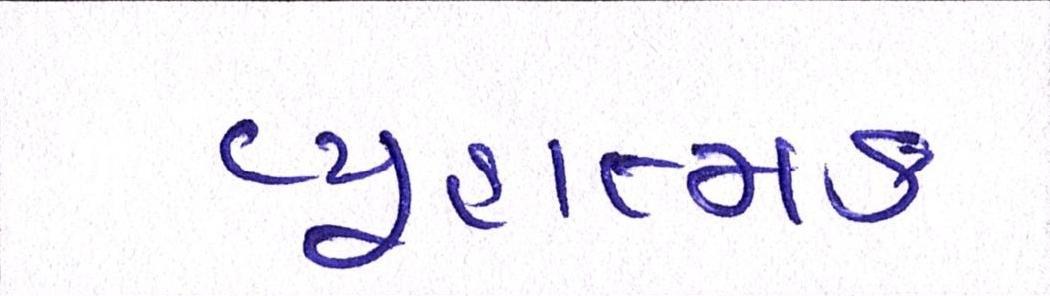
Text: વ્યૂહાત્મક